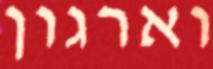
וארגון